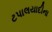
ટપાલયાદીના